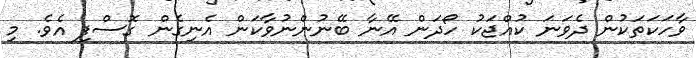
ވާހަކަތަކުން ދެވަނަ ކުއްޖަކު ހޯދަން އޭނާ ބޭނުންނުވާކަން އެނިގެން ގޮސްފި އެވެ. މި